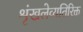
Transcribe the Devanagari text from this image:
शृंखलेव्यतिरिक्त